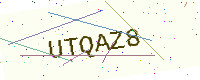
Text: UTQAZ8